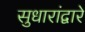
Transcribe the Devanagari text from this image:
सुधारांद्वारे